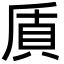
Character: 貭